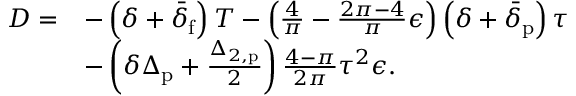
\begin{array} { r l } { D = } & { - \left( \delta + \bar { \delta } _ { \mathrm { f } } \right) T - \left( \frac { 4 } { \pi } - \frac { 2 \pi - 4 } { \pi } \epsilon \right) \left( \delta + \bar { \delta } _ { \mathrm { p } } \right) \tau } \\ & { - \left( \delta \Delta _ { \mathrm { p } } + \frac { \Delta _ { 2 , \mathrm { p } } } { 2 } \right) \frac { 4 - \pi } { 2 \pi } \tau ^ { 2 } \epsilon . } \end{array}